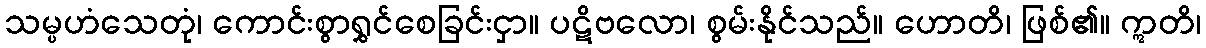
သမ္ပဟံသေတုံ၊ ကောင်းစွာရွှင်စေခြင်းငှာ။ ပဋိဗလော၊ စွမ်းနိုင်သည်။ ဟောတိ၊ ဖြစ်၏။ ဣတိ၊